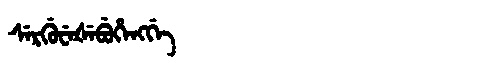
Manchu: ᠰᡝᡵᡤᡠᠸᡝᡧᡝᠪᡠᡥᡝᠩᡤᡝ
Romanization: SERGUWEŠEBUHENGGE